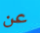
عن